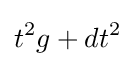
t^{2}g+dt^{2}